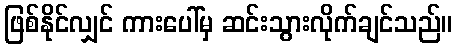
ဖြစ်နိုင်လျှင် ကားပေါ်မှ ဆင်းသွားလိုက်ချင်သည်။